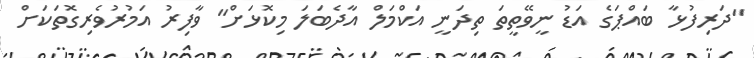
"ދަރިފުޅާ ބައްޕަގެ އަޑު ނީވޭތީތަ ތިދަނީ އަކްމަލް އާދެބަލަ މިކޮޅަށް" ވާފިރު އަމުރުވެރިގޮތަކަށް